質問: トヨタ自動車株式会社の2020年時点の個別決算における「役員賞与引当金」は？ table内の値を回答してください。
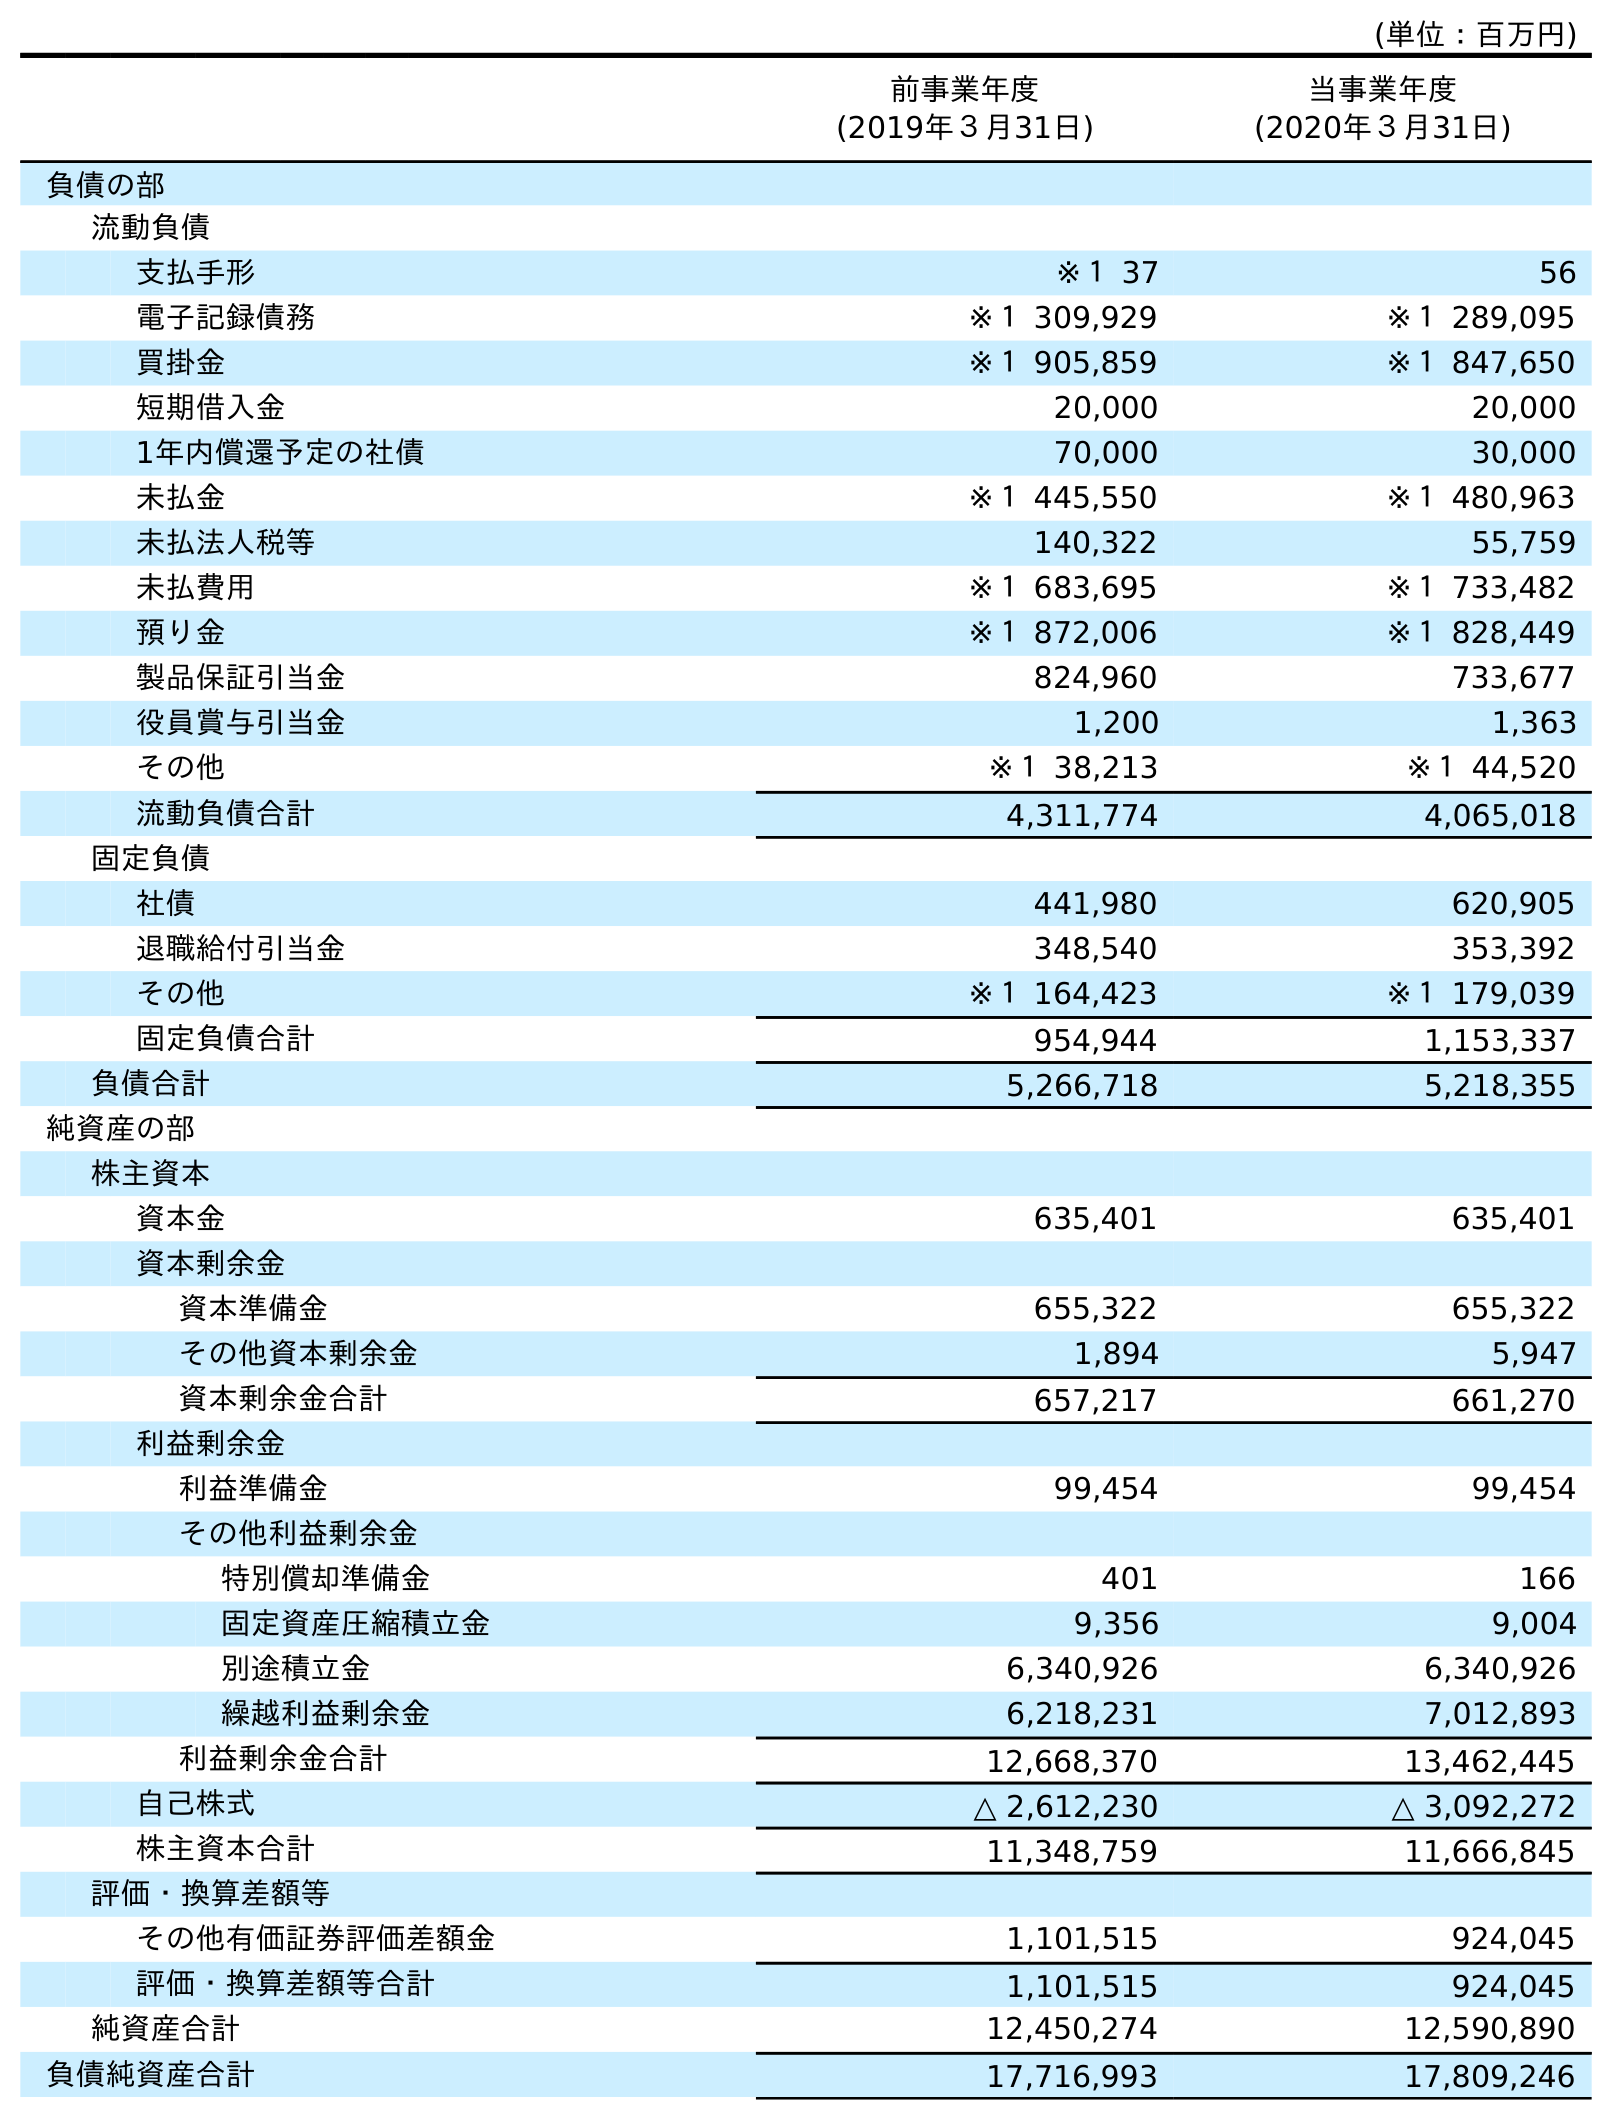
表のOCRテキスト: (単位：百万円) 前事業年度 (2019年３月31日) 当事業年度 (2020年３月31日) 負債の部 流動負債 支払手形 ※１ 37 56 電子記録債務 ※１ 309,929 ※１ 289,095 買掛金 ※１ 905,859 ※１ 847,650 短期借入金 20,000 20,000 1年内償還予定の社債 70,000 30,000 未払金 ※１ 445,550 ※１ 480,963 未払法人税等 140,322 55,759 未払費用 ※１ 683,695 ※１ 733,482 預り金 ※１ 872,006 ※１ 828,449 製品保証引当金 824,960 733,677 役員賞与引当金 1,200 1,363 その他 ※１ 38,213 ※１ 44,520 流動負債合計 4,311,774 4,065,018 固定負債 社債 441,980 620,905 退職給付引当金 348,540 353,392 その他 ※１ 164,423 ※１ 179,039 固定負債合計 954,944 1,153,337 負債合計 5,266,718 5,218,355 純資産の部 株主資本 資本金 635,401 635,401 資本剰余金 資本準備金 655,322 655,322 その他資本剰余金 1,894 5,947 資本剰余金合計 657,217 661,270 利益剰余金 利益準備金 99,454 99,454 その他利益剰余金 特別償却準備金 401 166 固定資産圧縮積立金 9,356 9,004 別途積立金 6,340,926 6,340,926 繰越利益剰余金 6,218,231 7,012,893 利益剰余金合計 12,668,370 13,462,445 自己株式 △ 2,612,230 △ 3,092,272 株主資本合計 11,348,759 11,666,845 評価・換算差額等 その他有価証券評価差額金 1,101,515 924,045 評価・換算差額等合計 1,101,515 924,045 純資産合計 12,450,274 12,590,890 負債純資産合計 17,716,993 17,809,246
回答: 1,363